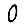
Digit: 0